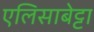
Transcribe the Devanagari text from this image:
एलिसाबेट्टा